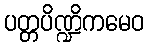
ပတ္တပိဏ္ဍိကမေဝ